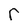
Character: r